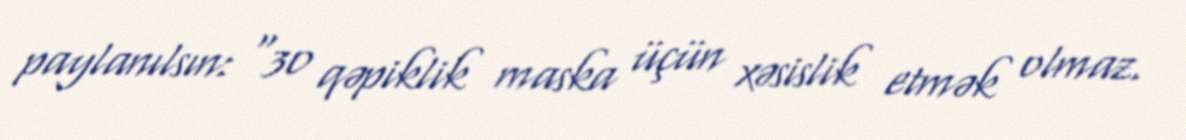
paylanılsın: “30 qəpiklik maska üçün xəsislik etmək olmaz.